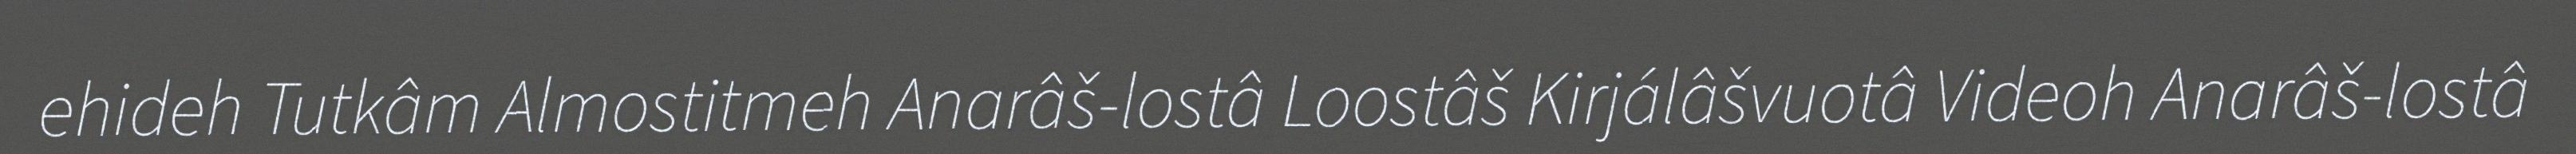
ehideh Tutkâm Almostitmeh Anarâš-lostâ Loostâš Kirjálâšvuotâ Videoh Anarâš-lostâ